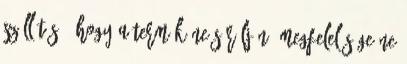
szállítás , hogy a termék ne sérüljön, megfelelősége ne